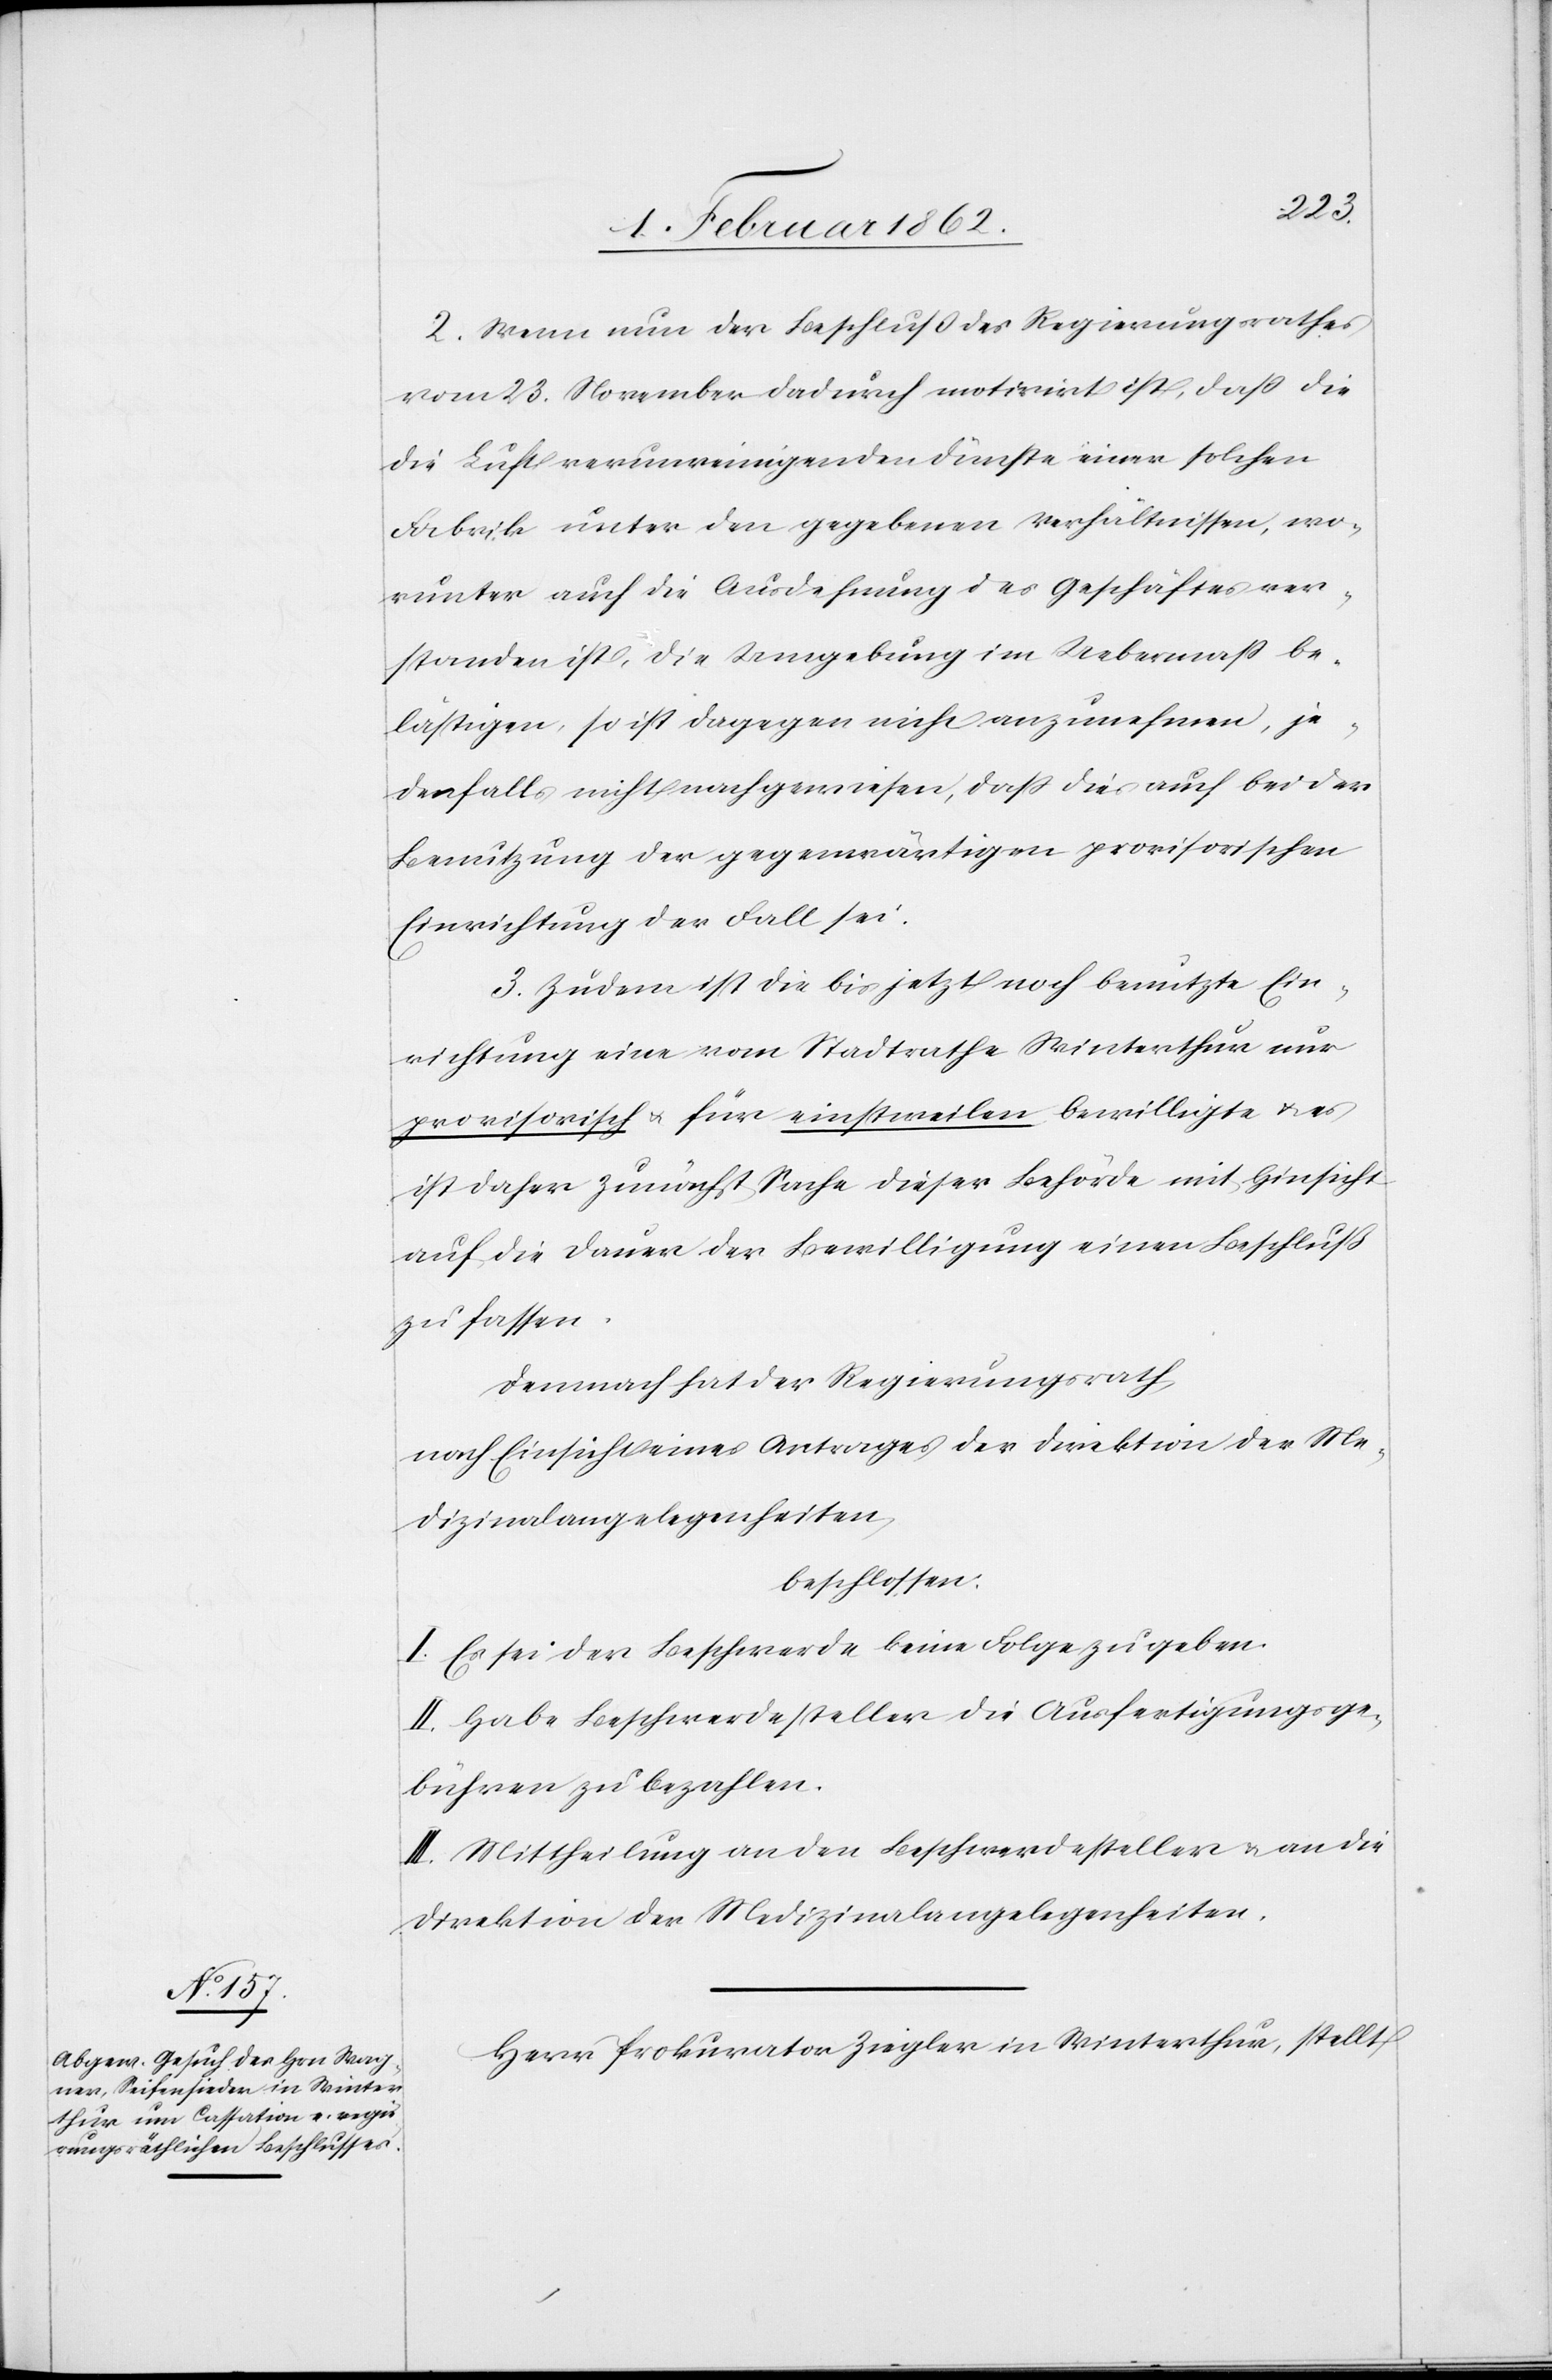
2. Wenn nun der Beschluß des Regierungsrathes
vom 23. November dadurch motivirt ist, daß die
die Luft verunreinigenden Dünste einer solchen
Fabrik unter den gegebenen Verhältnissen, wo¬
runter auch die Ausdehnung des Geschäftes ver¬
standen ist, die Umgebung im Uebermaß be¬
lästigen, so ist dagegen nicht anzunehmen, je¬
denfalls nicht nachgewiesen, daß dies auch bei der
Benutzung der gegenwärtigen provisorischen
Einrichtung der Fall sei.
3. Zudem ist die bis jetzt noch benutzte Ein¬
richtung eine vom Stadtrathe Winterthur nur
provisorisch u. für einstweilen bewilligte u. es
ist daher zunächst Sache dieser Behörde mit Hinsicht
auf die Dauer der Bewilligung einen Beschluß
zu fassen.
Demnach hat der Regierungsrath
nach Einsicht eines Antrages der Direktion der Me¬
dizinalangelegenheiten
beschlossen:
I. Es sei der Beschwerde keine Folge zu geben.
II. Habe Beschwerdesteller die Ausfertigungsge¬
bühren zu bezahlen.
III. Mittheilung an den Beschwerdesteller & an die
Direktion der Medizinalangelegenheiten.
Herr Prokurator Ziegler in Winterthur, stellt